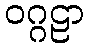
ဝဂ္ဂဠာ